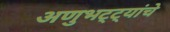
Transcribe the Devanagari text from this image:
अणुभट्ट्यांचे